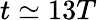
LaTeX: t\simeq 13T